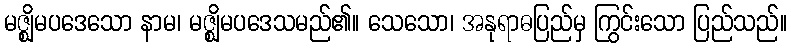
မဇ္ဈိမပဒေသော နာမ၊ မဇ္ဈိမပဒေသမည်၏။ သေသော၊ အနုရာဓပြည်မှ ကြွင်းသော ပြည်သည်။